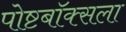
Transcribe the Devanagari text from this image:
पोष्टबॉक्सला